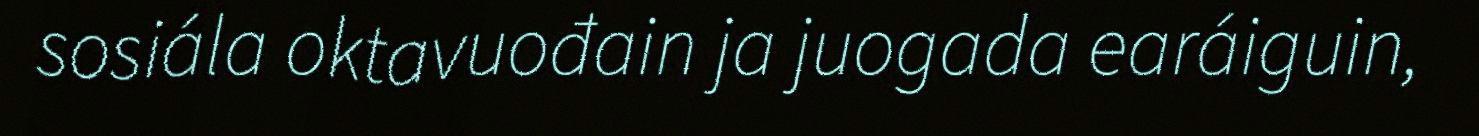
sosiála oktavuođain ja juogada earáiguin,